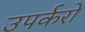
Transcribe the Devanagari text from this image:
उपर्करों